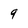
Character: 9